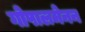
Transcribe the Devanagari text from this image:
गोपालमेनन